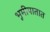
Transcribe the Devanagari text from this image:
भूमीपातात